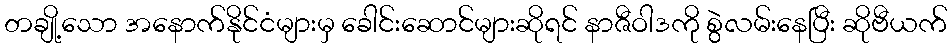
တချို့သော အနောက်နိုင်ငံများမှ ခေါင်းဆောင်များဆိုရင် နာဇီဝါဒကို စွဲလမ်းနေပြီး ဆိုဗီယက်